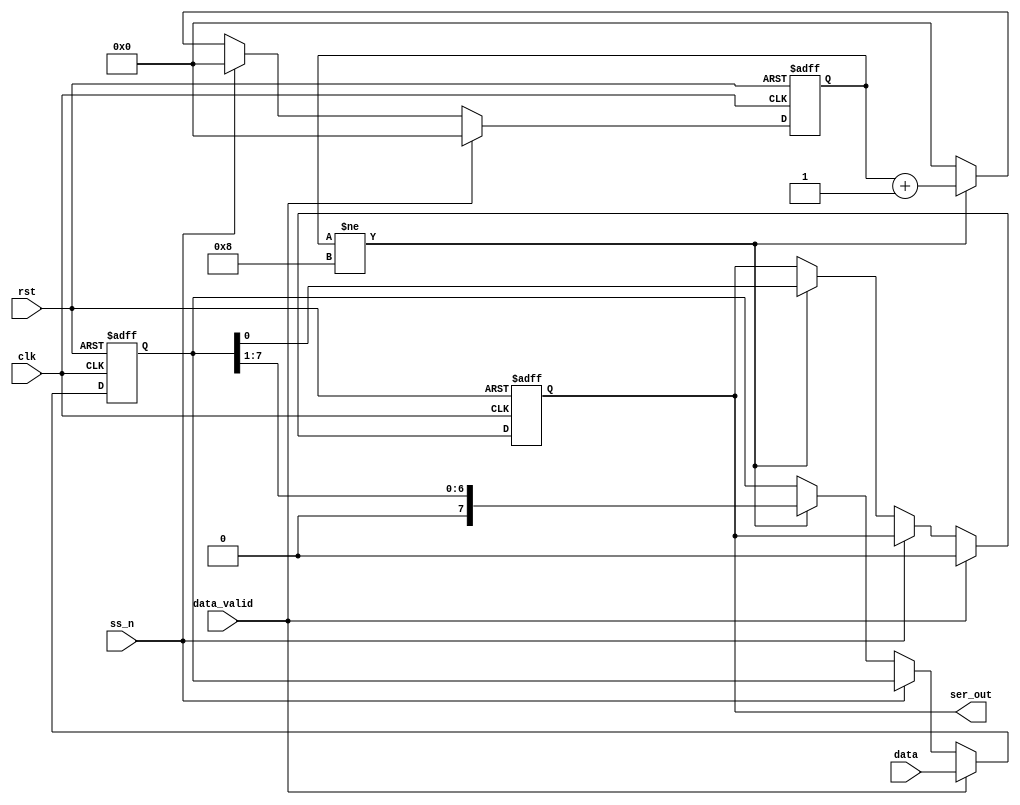
module SERIALIZER(
    input rst,clk,
    input [7:0] data,
    output reg ser_out,
    input data_valid,ss_n
);

reg [7:0] registers;
reg [3:0] counter=4'b0000; //counter i will use it to in every clock i will out one bit
always @(posedge clk,negedge rst)
begin
  if(!rst)
  begin
    counter<=2'b00;
    registers<=8'b00;
    ser_out<=1'b0;
  end
  else if(data_valid)
  begin
    registers<=data;
    ser_out<=1'b0;
    counter<=4'b0000;
  end
  else if(!ss_n)
  begin
    if (counter!=4'd8) begin
      {registers,ser_out}<={1'b0,registers};
    counter<=counter+1;
    end
    else begin
      counter<=4'd0;
    end
  end
else
counter<=4'b0000;

end
endmodule